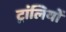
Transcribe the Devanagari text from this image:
ट्रांलियों